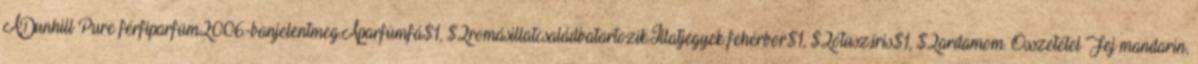
ADunhill Pure férfiparfüm2006-banjelentmeg.Aparfümfá$1, $2romásillatcsaládbatartozik.Illatjegyek:fehérbor$1, $2ótusz,íris$1, $2ardamom. Összetétel Fej mandarin,